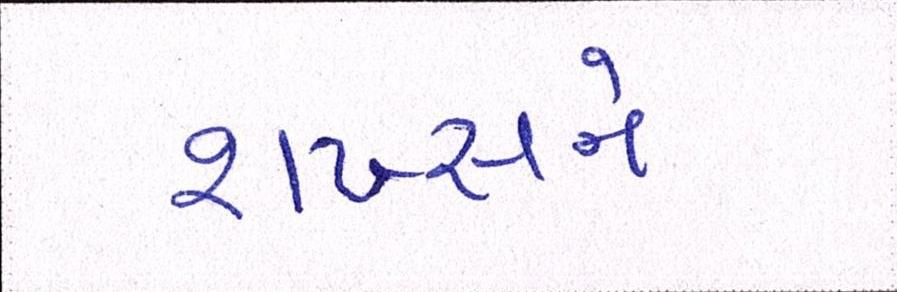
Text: શખ્સને